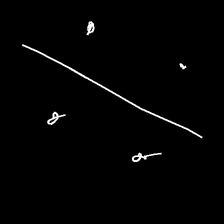
Glyph: cool